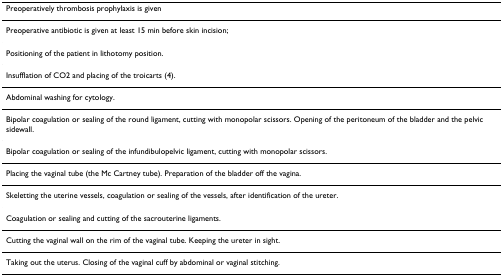
<table><thead><tr><td><b>Preoperatively thrombosis prophylaxis is given</b></td></tr></thead><tbody><tr><td>Preoperative antibiotic is given at least 15 min before skin incision;</td></tr><tr><td>Positioning of the patient in lithotomy position.</td></tr><tr><td>Insufflation of CO2 and placing of the troicarts (4).</td></tr><tr><td>Abdominal washing for cytology.</td></tr><tr><td>Bipolar coagulation or sealing of the round ligament, cutting with monopolar scissors. Opening of the peritoneum of the bladder and the pelvic sidewall.</td></tr><tr><td>Bipolar coagulation or sealing of the infundibulopelvic ligament, cutting with monopolar scissors.</td></tr><tr><td>Placing the vaginal tube (the Mc Cartney tube). Preparation of the bladder off the vagina.</td></tr><tr><td>Skeletting the uterine vessels, coagulation or sealing of the vessels, after identification of the ureter.</td></tr><tr><td>Coagulation or sealing and cutting of the sacrouterine ligaments.</td></tr><tr><td>Cutting the vaginal wall on the rim of the vaginal tube. Keeping the ureter in sight.</td></tr><tr><td>Taking out the uterus. Closing of the vaginal cuff by abdominal or vaginal stitching.</td></tr></tbody></table>